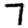
Digit: 7